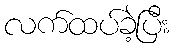
လက်ထပ်ခဲ့ပြီး